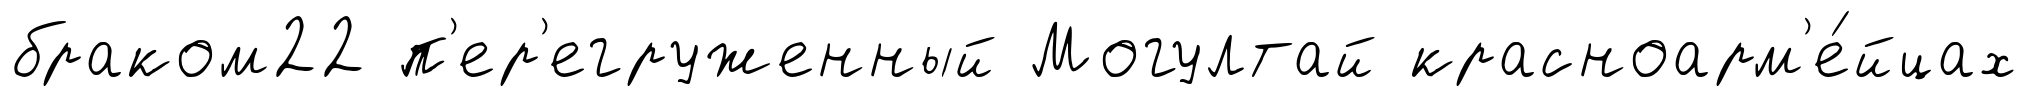
браком22 п'ер'егруженный Могултай красноарм'е́йцах